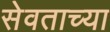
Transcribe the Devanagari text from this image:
सेवताच्या